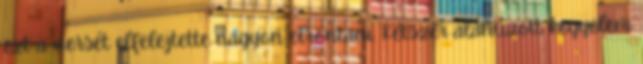
ezt a versét elfelejtette nagyon elrontani. Kétszer aláhúzott kegyelem